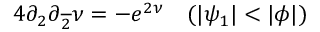
4 \partial _ { 2 } \partial _ { \overline { { { 2 } } } } \nu = - e ^ { 2 \nu } ~ ~ ~ ( | \psi _ { 1 } | < | \phi | )